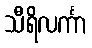
သီရိလင်္ကာ